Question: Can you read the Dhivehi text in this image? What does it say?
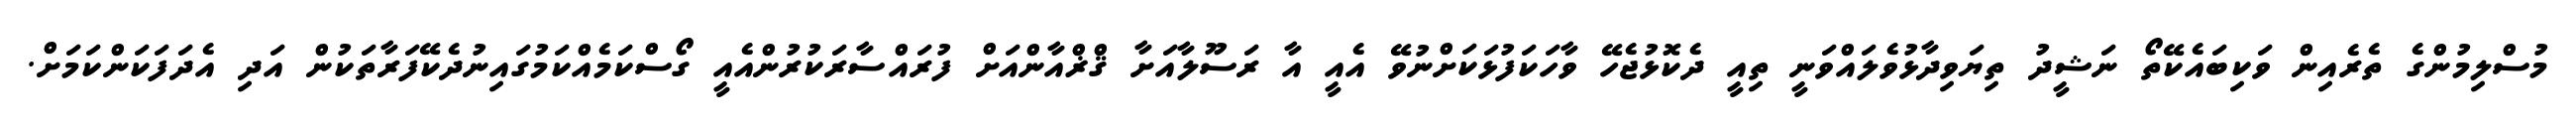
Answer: މުސްލިމުންގެ ތެރެއިން ވަކިބައެކޭތޯ ނަޝީދު ތިޔަވިދާޅުވެލައްވަނީ ތިއީ ދެކޮޅުޖެހޭ ވާހަކަފުޅަކަށްނުވޭ އެއީ އާ ރަސޫލާއަށާ ޤްޜްއާންއަށް ފުރައްސާރަކުރުންއެއީ ގޯސްކަމެއްކަމުގައިނުދެކޭފަރާތަކުން އަދި އެދަފަކަންކަމަށް.